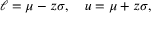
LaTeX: \ell = \mu - z \sigma , \quad u = \mu + z \sigma ,